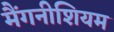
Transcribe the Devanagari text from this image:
मैंगनीशियम